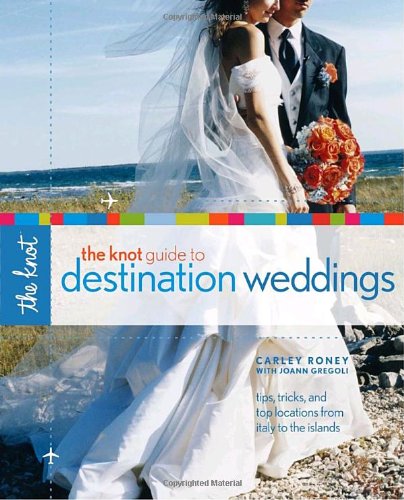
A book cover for The Knot Guide to Destination Weddings; Carley Roney; Crafts, Hobbies & Home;